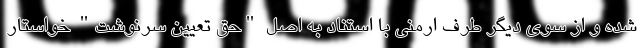
شده و از سوی دیگر طرف ارمنی با استناد به اصل "حق تعیین سرنوشت" خواستار